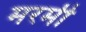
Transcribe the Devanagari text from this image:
मरमी